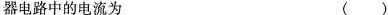
器电路中的电流为 ()